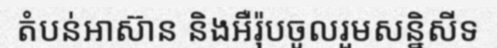
តំបន់អាស៊ាន និងអឺរ៉ុបចូលរួមសន្និសីទ